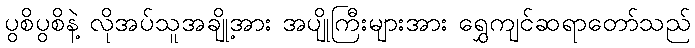
ပွစိပွစိနဲ့ လိုအပ်သူအချို့အား အပျိုကြီးများအား ရွှေကျင်ဆရာတော်သည်